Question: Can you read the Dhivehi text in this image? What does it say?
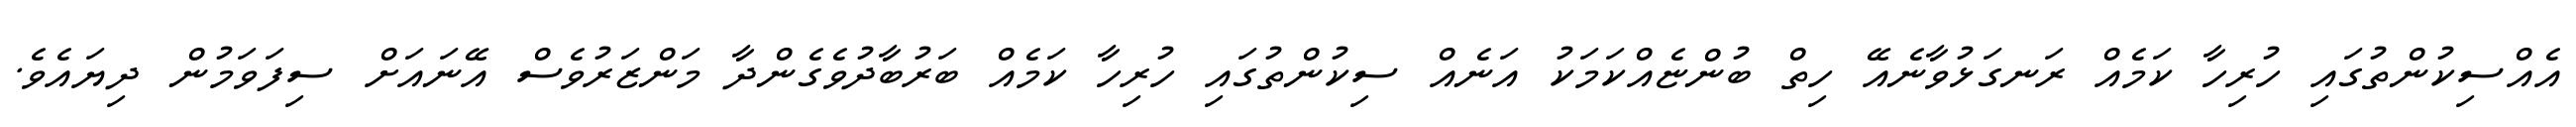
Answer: އެއްސިކުންތުގައި ހުރިހާ ކަމެއް ރަނގަޅުވާނެއޭ ހިތް ބުންޏެއްކަމަކު އަނެއް ސިކުންތުގައި ހުރިހާ ކަމެއް ބަރުބާދުވެގެންދާ މަންޒަރުވެސް އޭނައަށް ސިފަވަމުން ދިޔައެވެ.